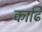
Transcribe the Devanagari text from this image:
काढि